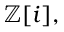
\mathbb { Z } [ i ] ,